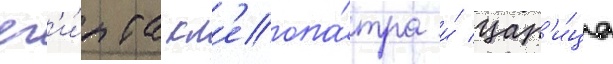
ег'и́пта кл'еопа́тра и́ цар'и́ца